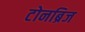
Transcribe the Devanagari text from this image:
टोनब्रिज